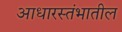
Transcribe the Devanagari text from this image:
आधारस्तंभातील